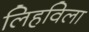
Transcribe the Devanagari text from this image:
लिहविला